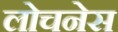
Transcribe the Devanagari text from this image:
लोचनेस